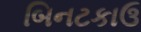
બિનટકાઉ